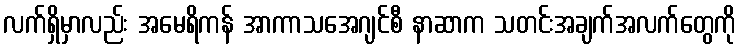
လက်ရှိမှာလည်း အမေရိကန် အာကာသအေဂျင်စီ နာဆာက သတင်းအချက်အလက်တွေကို